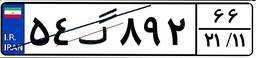
۵۴گ۸۹۲۶۶